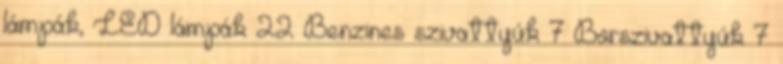
lámpák, LED lámpák 22 Benzines szivattyúk 7 Borszivattyúk 7